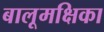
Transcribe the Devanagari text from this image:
बालूमक्षिका